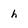
Character: h